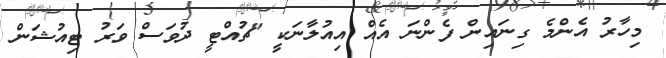
މިހާރު އެންމެ ގިނައިން ފެންނަ އެއް އިއުލާނަކީ "ޗުއްޓީ ދުވަސް ވަރު ޓިއުޝަން